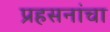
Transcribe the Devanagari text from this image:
प्रहसनांचा